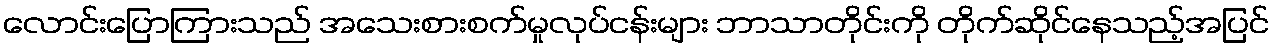
လောင်းပြောကြားသည် အသေးစားစက်မှုလုပ်ငန်းများ ဘာသာတိုင်းကို တိုက်ဆိုင်နေသည့်အပြင်